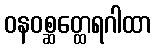
ဝနဝစ္ဆတ္ထေရဂါထာ